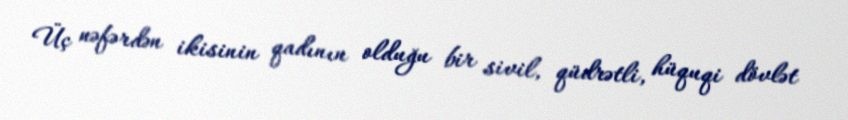
Üç nəfərdən ikisinin qadının olduğu bir sivil, qüdrətli, hüquqi dövlət